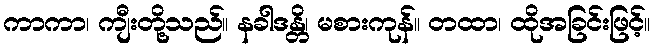
ကာကာ၊ ကျီးတို့သည်။ နခါဒန္တိ၊ မစားကုန်။ တထာ၊ ထိုအခြင်းဖြင့်။